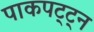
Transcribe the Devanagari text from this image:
पाकपट्ट्न